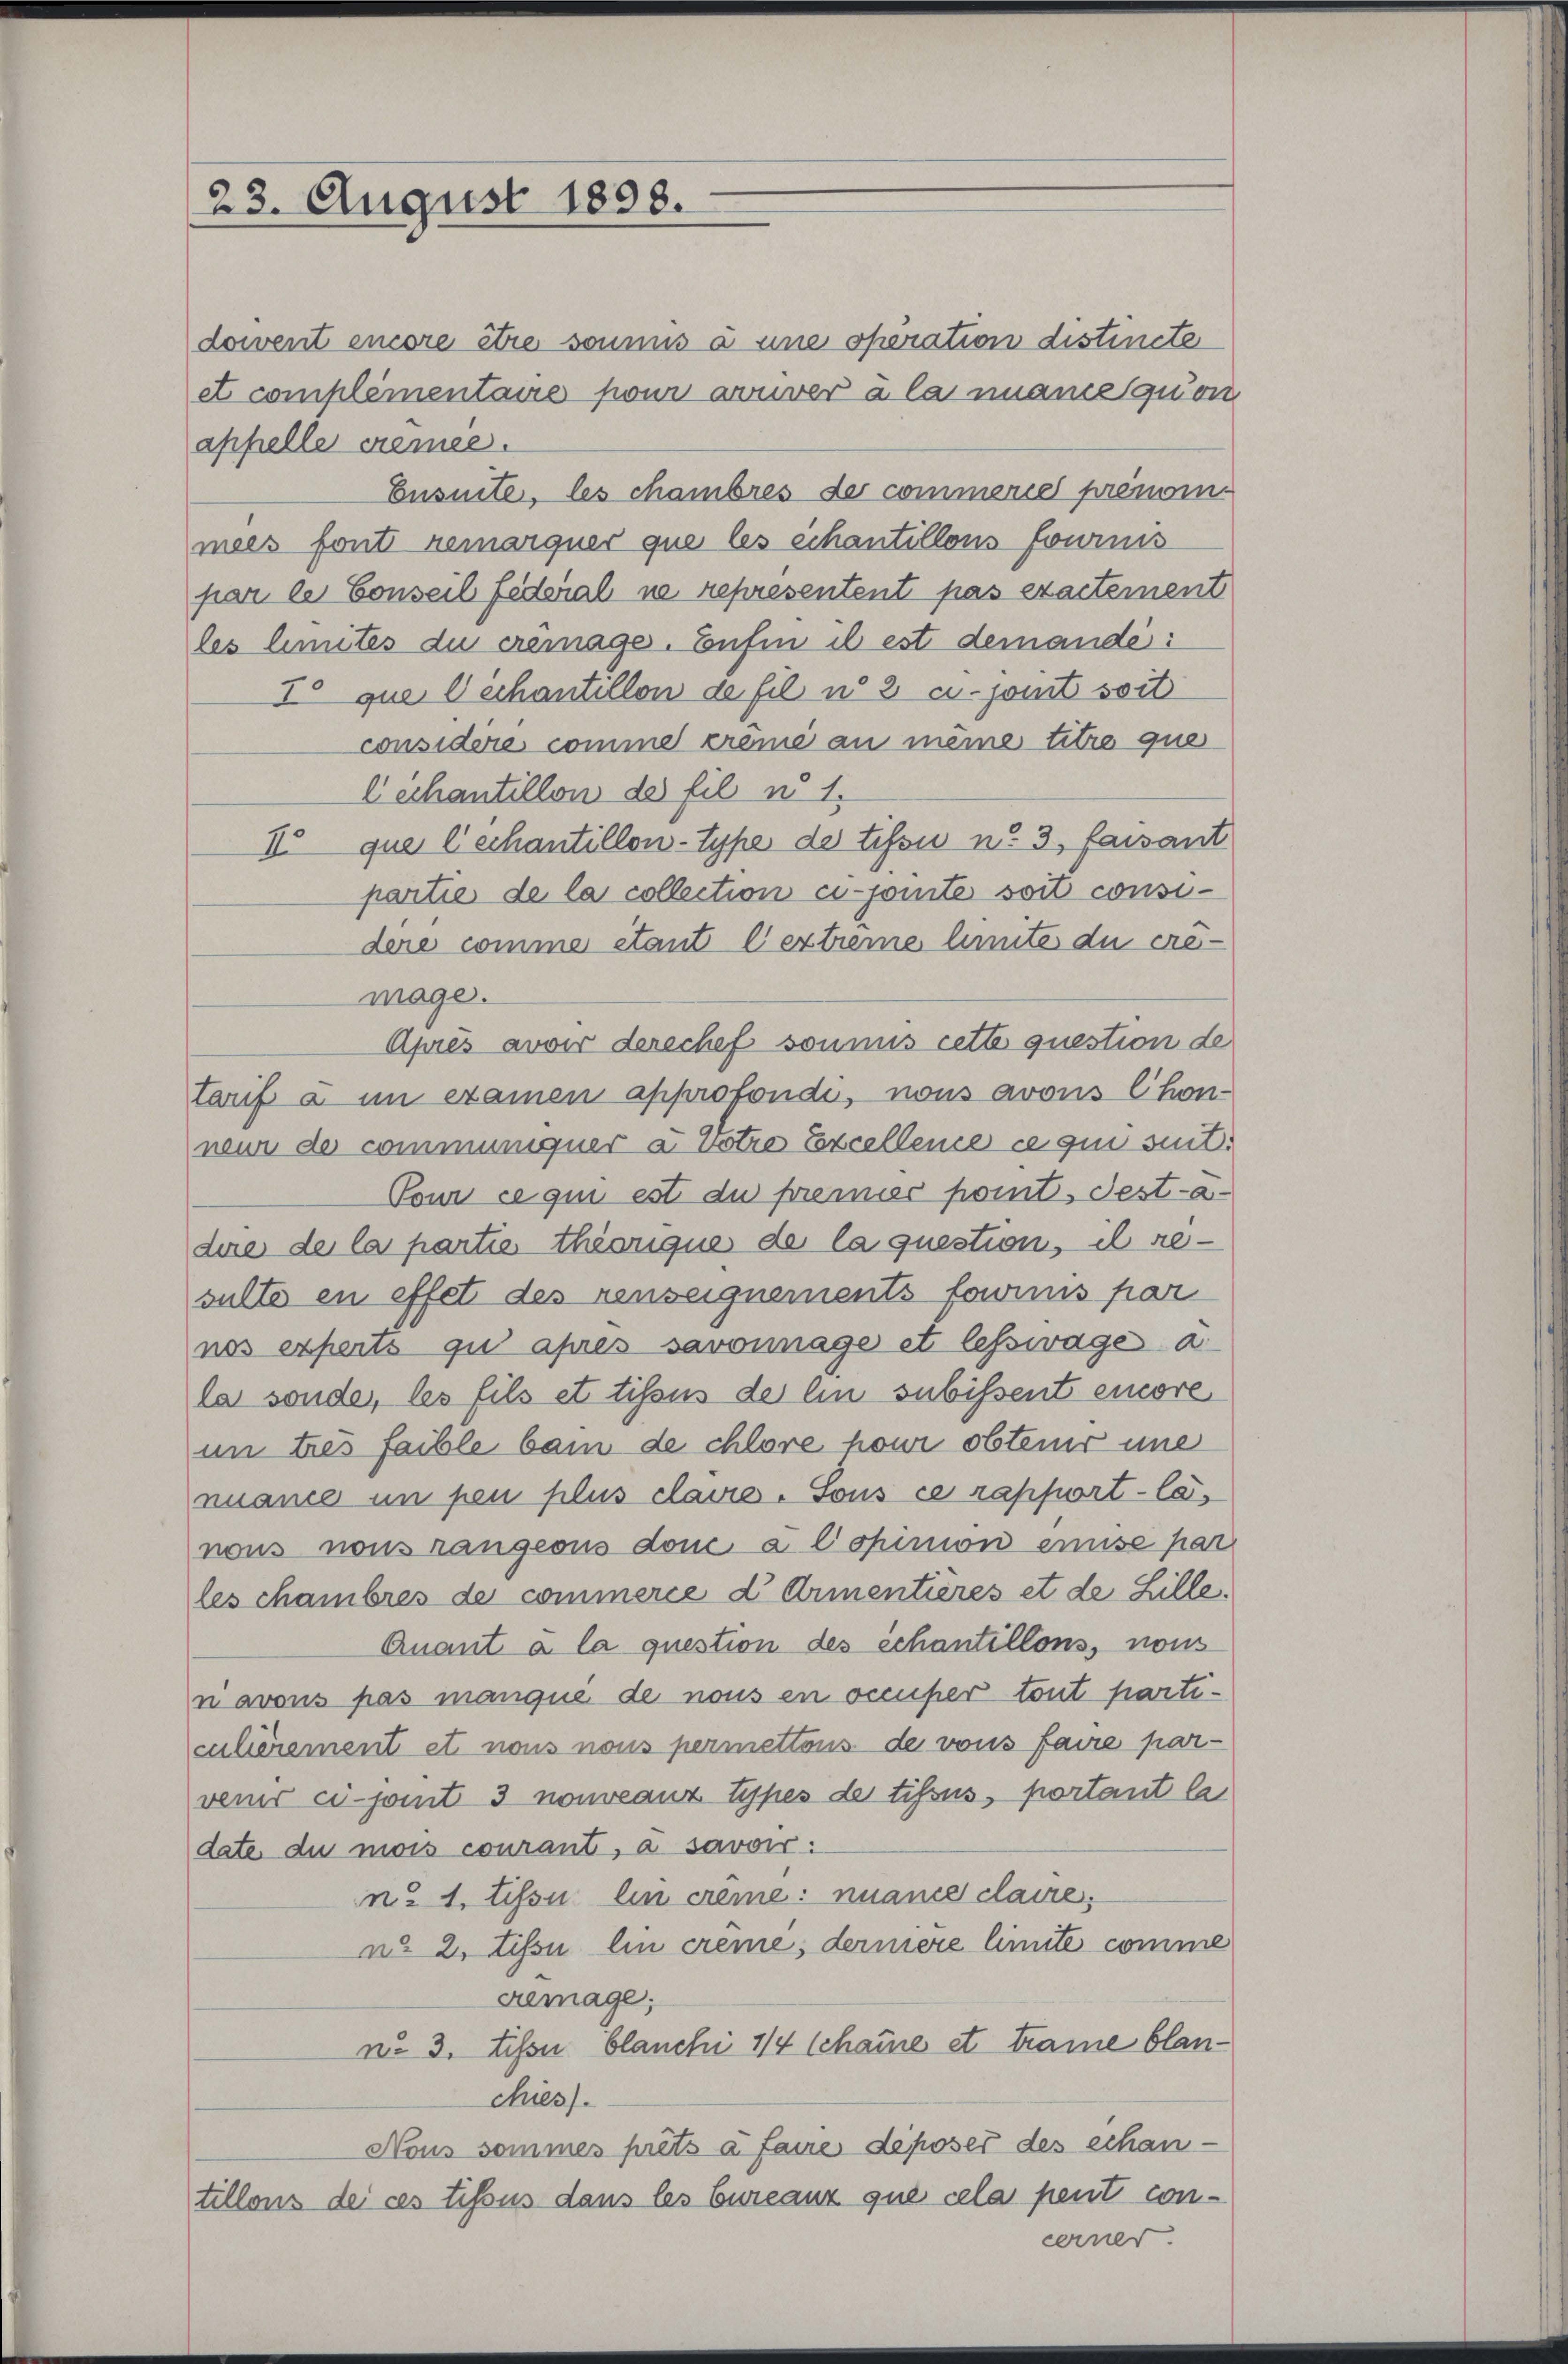
23. August 1898.

dowent encore être soumis à une operation distincte
et complementaire pour auver à la nnance quon
appelle cremee.
Ensuite, les chambres de commerie prenommees font remarquer que les échantillons fournis
par le Conseil federial ne representent pas exactement
les limites du cremage. Enfin il est demandé:
To que échantillon de fil u. 2 u. joint soit
considere comme creme an meine titre que
Dechantillon des fil u 1.
II que l’échantillon-Sype de tison n. 3, faisant
partie de la collection ci-jomite soit considire comme étant l’extreme limite du cré-
möge.
Après avoir derechef sonnus cette question de
tarif a im examen approfondi, nous avous Chon-
neun de communiquer a Votro Excellence ce qui suit:
Pour ce qui est du premier pomt. Fest-adire de la partie theorique de la question, il resulte en effet des renseignements fowimis par
nes experts gu après savoinage et lesswage a
la sonder, les fils et tisons de lin subissent einere
un tres faible bain de chlore hour obtener une
nuance in peu plus claus. Sons ce rapport-Canous nous rangeons dem a Copinion emise par
les chambres de commerce d Armentières et de Bille.
Quant à la question des Schantillons, nom
navous pas manque de nous en occuper tout particulièrement et nous nous permettous de vons faire par-
veis ci-jomt 3 nouveauz types de tissus, portant la
date du mois courant, à savoir:
n: 1. tissu ein crême: nnance claire,
n. 2. Tissu ein creme, dernière limite comme
cemage;
n. 3. Tison blanchi 1/4 Schaine et traine blanchies.
Nous sommes prêts à faire déposer des Schan-
tillons de ces tissus dans les bureauz que cela peut con¬

cerne